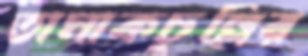
তামাকচুল্লির